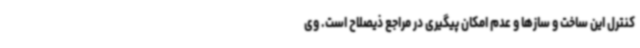
کنترل این ساخت و سازها و عدم امکان پیگیری در مراجع ذیصلاح است. وی